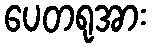
ပေတရုအား